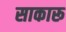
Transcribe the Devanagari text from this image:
साकारू